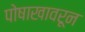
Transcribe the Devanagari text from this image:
पोषाखावरून